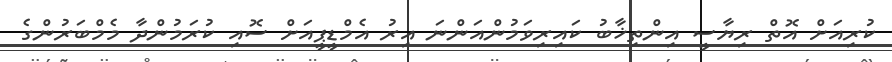
ކުރިއަށް އޮތް ރިޔާސީ އިންތިޚާބު ކައިރިވަމުންއަންނަ އިރު އެމްޑީޕީއަށް ސޮއި ކުރަމުންދާ މެމްބަރުންގެ